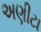
અણીટા